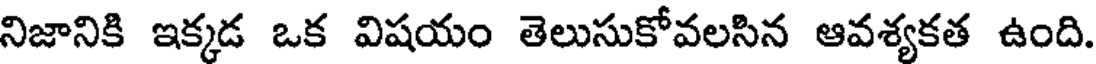
నిజానికి ఇక్కడ ఒక విషయం తెలుసుకోవలసిన ఆవశ్యకత ఉంది